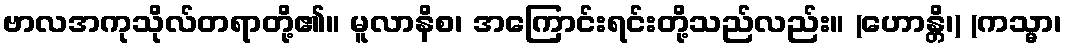
ဗာလအကုသိုလ်တရာတို့၏။ မူလာနိစ၊ အကြောင်းရင်းတို့သည်လည်း။ (ဟောန္တိ၊) (ကသ္မာ၊